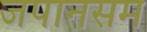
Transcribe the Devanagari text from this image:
जपानसम